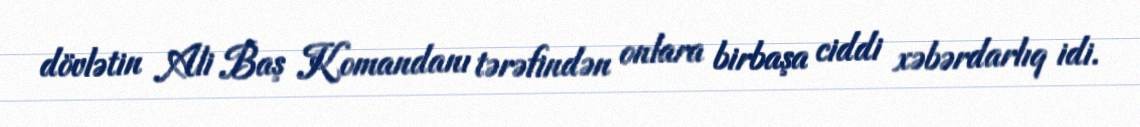
dövlətin Ali Baş Komandanı tərəfindən onlara birbaşa ciddi xəbərdarlıq idi.